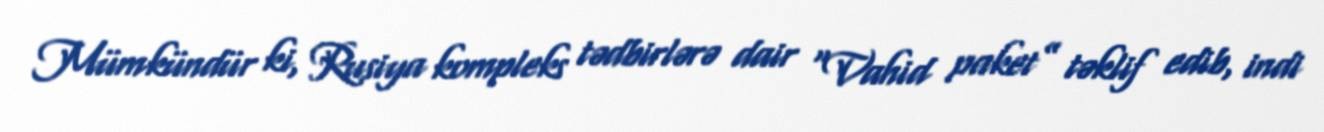
Mümkündür ki, Rusiya kompleks tədbirlərə dair “Vahid paket” təklif edib, indi